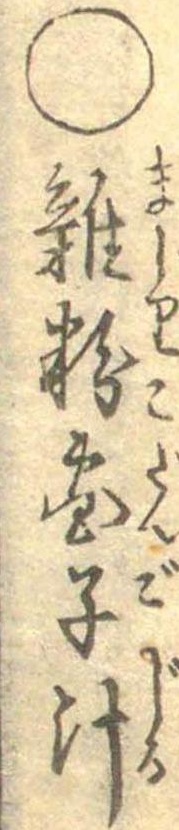
○雑粉団子汁